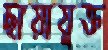
ছায়াযুক্ত